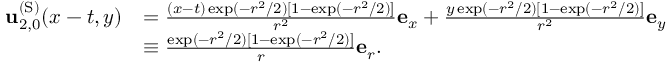
\begin{array} { r l } { \mathbf { u } _ { 2 , 0 } ^ { \mathrm { ( S ) } } ( x - t , y ) } & { = \frac { ( x - t ) \exp ( - r ^ { 2 } / 2 ) [ 1 - \exp ( - r ^ { 2 } / 2 ) ] } { r ^ { 2 } } \mathbf { e } _ { x } + \frac { y \exp ( - r ^ { 2 } / 2 ) [ 1 - \exp ( - r ^ { 2 } / 2 ) ] } { r ^ { 2 } } \mathbf { e } _ { y } } \\ & { \equiv \frac { \exp ( - r ^ { 2 } / 2 ) [ 1 - \exp ( - r ^ { 2 } / 2 ) ] } { r } \mathbf { e } _ { r } . } \end{array}